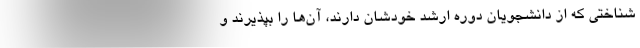
شناختی که از دانشجویان دوره ارشد خودشان دارند، آن‌ها را بپذیرند و